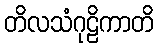
တိလသံဂုဠိကာတိ